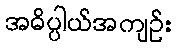
အဓိပ္ပါယ်အကျဉ်း